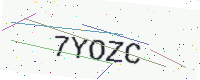
Text: 7YOZC